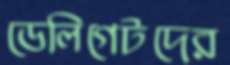
ডেলিগেটদের